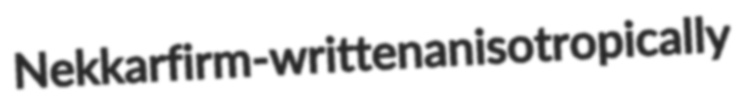
Nekkar firm-written anisotropically